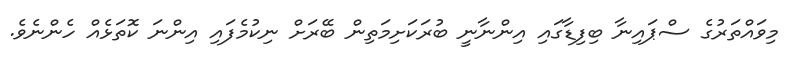
މިވައްތަރުގެ ސްޕައިނާ ބިފިޑާގައި އިންނާނީ ބުރަކަށިމަތިން ބޭރަށް ނިކުމެފައި އިންނަ ކޮތަޅެއް ހެންނެވެ.